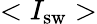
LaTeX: <I_{\mathrm{sw}}>